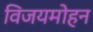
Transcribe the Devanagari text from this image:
विजयमोहन